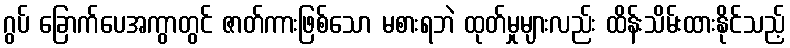
ဂွပ် ခြောက်ပေအကွာတွင် ဇာတ်ကားဖြစ်သော မစားရဘဲ ထုတ်မှုများလည်း ထိန်းသိမ်းထားနိုင်သည့်